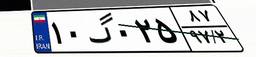
۱۰گ۰۲۵۸۷